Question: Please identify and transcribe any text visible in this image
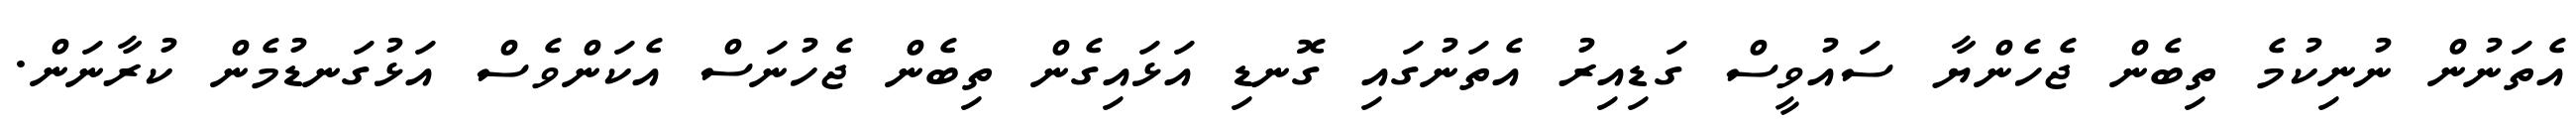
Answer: އެތަނުން ނުނިކުމެ ތިބެން ޖެހެންޔާ ސައުވީސް ގަޑިއިރު އެތަނުގައި ގޮނޑި އަޅައިގެން ތިބެން ޖެހުނަސް އެކަންވެސް އަޅުގަނޑުމެން ކުރާނަން.